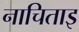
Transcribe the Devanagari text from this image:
नाचिताइ